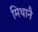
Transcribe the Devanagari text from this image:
मिथानै